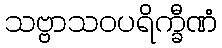
သဗ္ဗာသဝပရိက္ခီဏံ